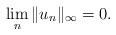
LaTeX: \begin{align*}\lim_n\|u_n\|_\infty = 0.\end{align*}